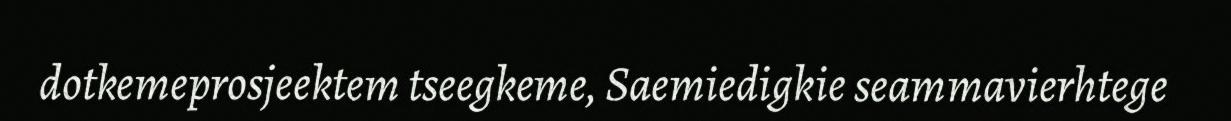
dotkemeprosjeektem tseegkeme, Saemiedigkie seammavierhtege